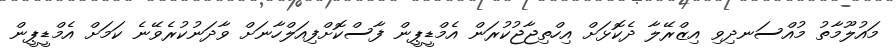
މައުލޫމާތު މުއްސަނދިވި އިޒްރޭލާ ދެކޮޅަށް އިހްތިޖާޖުކުރަން އެމްޑީޕީން ފާސްކޮށްފިއަލްހާނަށް ވާދަނުކުރެވޭނެ ކަމަށް އެމްޑީޕީން